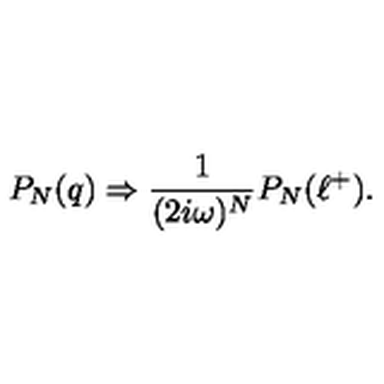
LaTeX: P _ { N } ( q ) \Rightarrow { \frac { 1 } { ( 2 i \omega ) ^ { N } } } P _ { N } ( \ell ^ { + } ) .